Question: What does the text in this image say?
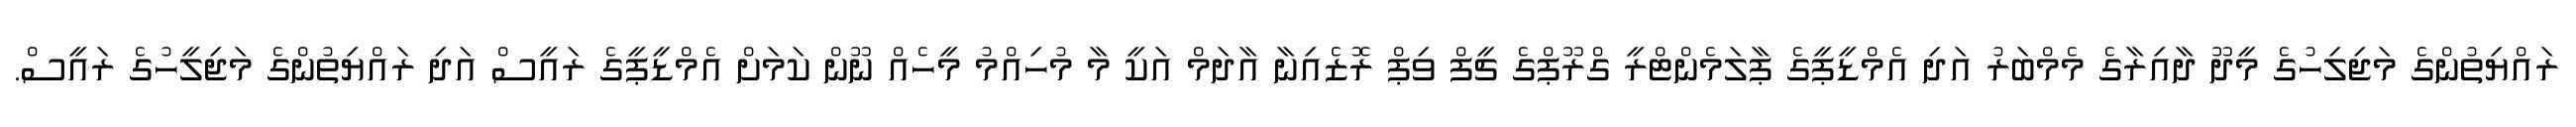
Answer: ރައްޔިތުންގެ މަޖިލިހުގެ މީދޫ ދާއިރާގެ މެމްބަރު އަދި އެމްޑީޕީގެ ޕާލަމެންޓްރީ ގްރޫޕްގެ ޗީފް ވިޕް ރޮޒެއިނާ އާދަމް އަކީ މާ މުހިއްމު މީހެއް ނޫން ކަމަށް އެމްޑީޕީގެ ރައީސް އަދި ރައްޔިތުންގެ މަޖިލީހުގެ ރައީސް.